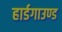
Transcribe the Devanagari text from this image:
हार्डगाउण्ड